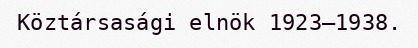
Köztársasági elnök 1923–1938.